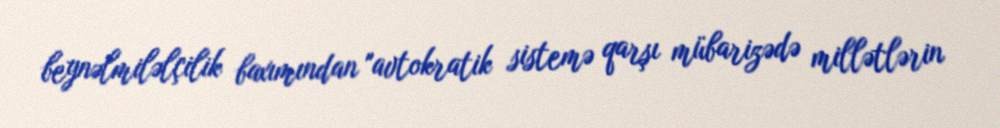
beynəlmiləlçilik baxımından "avtokratik sistemə qarşı mübarizədə millətlərin